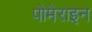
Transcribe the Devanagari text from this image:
पोमेराइन